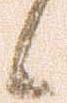
候